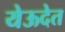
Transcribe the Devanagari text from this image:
येऊदेत